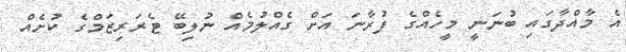
އެ މާއްދާގައި ބުނަނީ މީހެއްގެ ފުރާނަ އަށް ގެއްލުމެއް ނުލިބޭ ޓެރަރިޒަމްގެ ކުށެއް